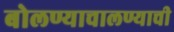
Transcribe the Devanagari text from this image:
बोलण्याचालण्याची